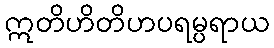
ဣတိဟိတိဟပရမ္ပရာယ